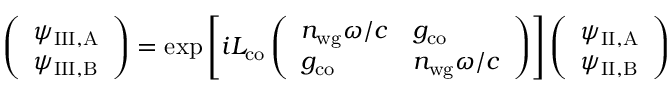
\left( \begin{array} { l } { \psi _ { \mathrm { I I I , A } } } \\ { \psi _ { \mathrm { I I I , B } } } \end{array} \right) = \exp { \left[ i L _ { \mathrm { c o } } \left( \begin{array} { l l } { n _ { \mathrm { w g } } \omega / c } & { g _ { \mathrm { c o } } } \\ { g _ { \mathrm { c o } } } & { n _ { \mathrm { w g } } \omega / c } \end{array} \right) \right] } \left( \begin{array} { l } { \psi _ { \mathrm { I I , A } } } \\ { \psi _ { \mathrm { I I , B } } } \end{array} \right)